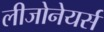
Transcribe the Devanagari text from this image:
लीजोनेयर्स